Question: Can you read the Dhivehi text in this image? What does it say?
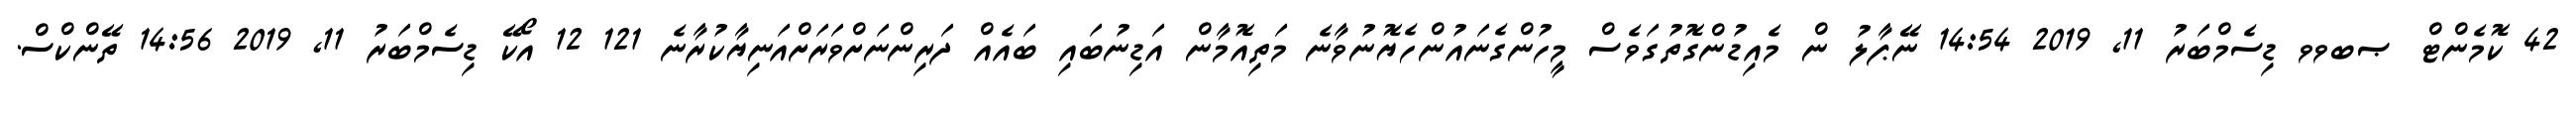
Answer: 42 ކޮމެންޓް ޞބވވ ޑިސެމްބަރު 11, 2019 14:54 ނޭޕާލު ން މެއިޑުންގޮތުގަވެސް މީހުންގެނައުންހެޔޮނުވާނެ މަތިއޮމާން އަޑިނުބައި ބައެއް ދަރިންނަށްވަރަށްއަނިޔާކުރާނެ 121 12 އޯކޭ ޑިސެމްބަރު 11, 2019 14:56 ތޭންކްސް.